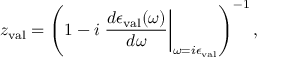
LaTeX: z _ { \mathrm { v a l } } = \left( 1 - i \left. \frac { d \epsilon _ { \mathrm { v a l } } ( \omega ) } { d \omega } \right| _ { \omega = i \epsilon _ { \mathrm { v a l } } } \right) ^ { - 1 } ,